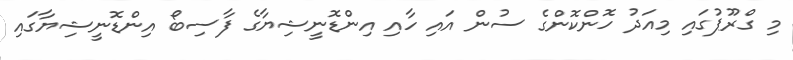
މި ގްރޫޕުގައި މިއަދު ހޮންކޮންގެ ސުން އައި ހާއި އިންޑޮނީޝިޔާގެ ފާސިބޯ އިންޑޮނީޝިޔާގައި